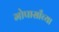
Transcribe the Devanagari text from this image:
मोपासाँच्या